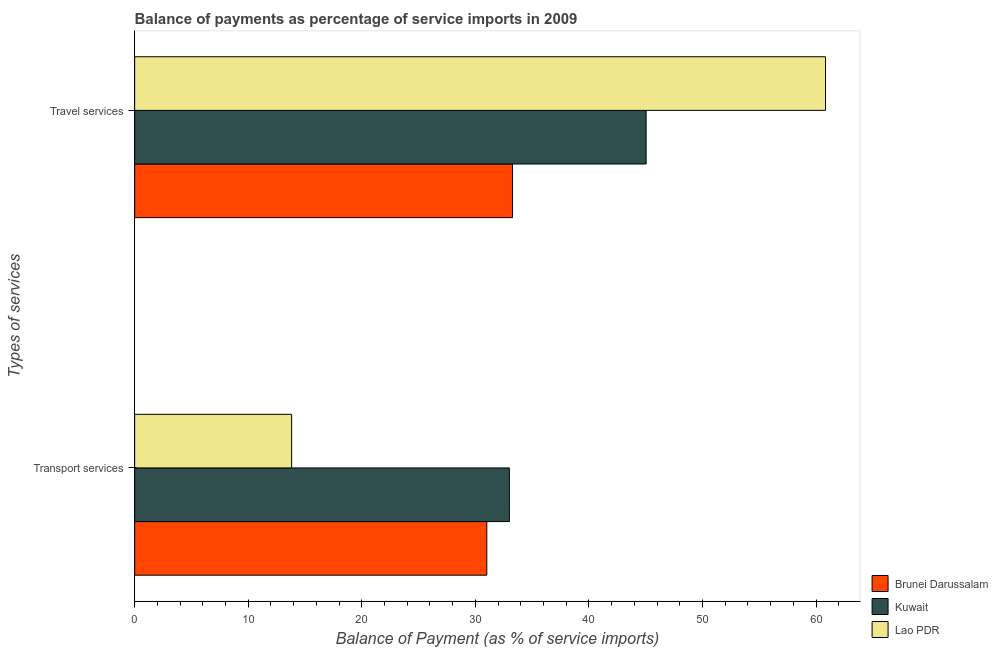
| Types of services | Brunei Darussalam | Kuwait | Lao PDR |
 | --- | --- | --- | --- |
 | Transport services | 31 | 33 | 13.8 |
 | Travel services | 33.3 | 45 | 60.8 |